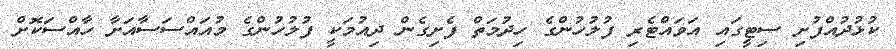
ކުޅުދުއްފުށި ސިޓީގައި އަވައްޓެރި ފުލުހުންގެ ހިދުމަތް ފެށިގެން ދިއުމަކީ ފުލުހުންގެ މުއައްސަސާއަށާ ހާއްސަކޮށް